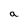
Character: a